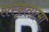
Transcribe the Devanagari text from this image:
संस्कृतात्मा